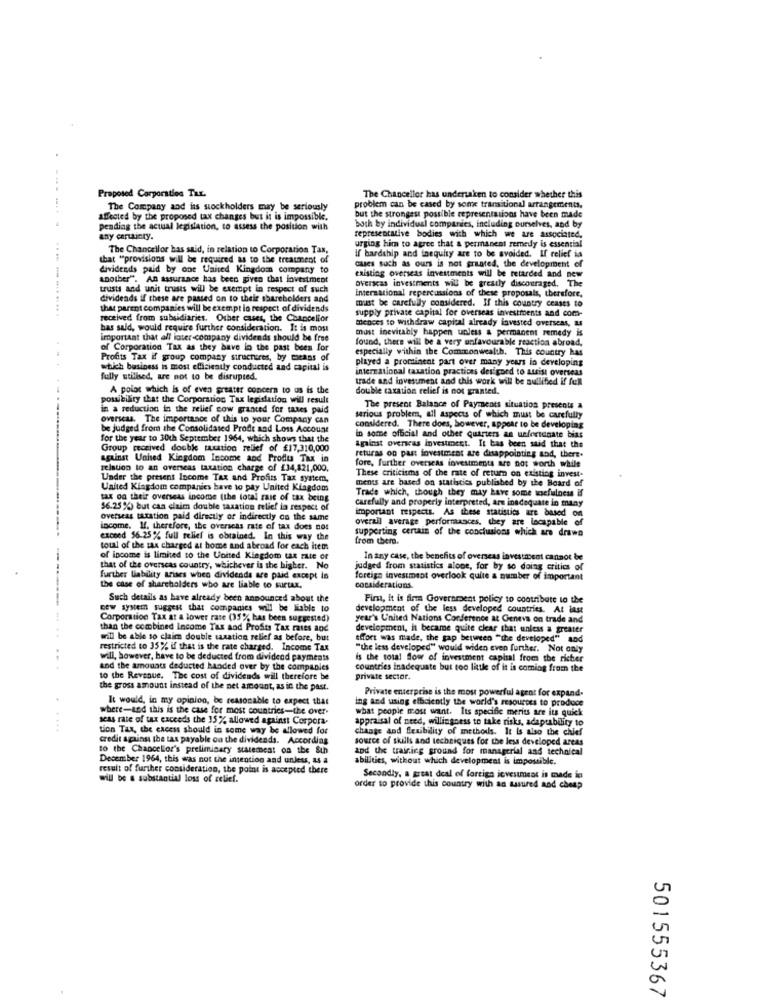
Proposed Corporation Tax.
The Chancellor has undertaken to consider whether this
The Company and ins stockholders may be seriously
problem can be cased by some transitional arrangements,
affected by the proposed tax changes but it is impossible.
but the strongest possible representations have been made
pending the actual legislation, to assess the position with
both by individual companies, including ourselves, and by
any certainty.
representative bodies with which we are associated.
The Chancellor has said, in relation to Corporation Tax,
urging him to agree that a permanent remedy is essential
if hardship and inequity are to be avoided. If relief in
that "provisions will be required as to the treatment of
dues such as ours is not granted, the development of
dividends paid by one United Kingdom company to
another". An assurance has been given that investment
existing overseas investments will be retarded and new
Overseas investments will be greatly discouraged. The
trusts and unit trusts will be exempt in respect of such
international repercussions of these proposals, therefore,
dividends if these are passed on to their shareholders and
must be carefully considered. If this country ceases to
that parent companies will be exempt in respect of dividends
supply private capital for overseas investments and com-
received from subsidiaries. Other cases, the Chancellor
mences to withdraw capital already invested overseas, as
bas sald, would require further consideration. It is most
must inevitably happen unless & permanent remedy is
important that all inter-company dividends should be free
found, there will be a very unfavourable reaction abroad,
of Corporation Tax as they have in the past been for
especially within the Commonwealth. This country has
Profits Tax if group company structures, by means of
played a prominent part over many years in developing
which business is most efficiently conducted and capital is
international taxation practices designed to assist overseas
fully utilised, are not to be disrupted.
trade and investment and this work will be nullified if fell
A polot which is of even greater concern to us is the
double taxation relief is not granted.
possibility that the Corporation Tax legislation will result
in a reduction in the relief cow granted for wes paid
The present Balance of Payments situation presents a
overseas. The importance of this to your Company can
serious problem, all aspects of which must be carefully
be judged from the Consolidated Profit and Loss Account
considered. There does, however, appear to be developing
for the year to 30th September 1964, which shows that the
in some official and other quarters an ueforios
Against overseas investment. It has been said that the
Group received double taxation relief of £17,310,000
against United Kingdom Income and Profita Tax in
returas on past investment are disappointing and, there.
fore, further overseas investments are not worth while
relation to an overseas taxation charge of £34,821,000.
Under the present Income Tax and Profits Tax system,
These criticisms of the rate of return on existing invest-
ments are based on statistics published by the Board of
United Kingdom companies have to pay United Kingdom
Trade which, though they may have some usefulness if
tax on their overseas income (the total zase of tax being
carefully and properly interpreted, are inadequate in many
56.25 %) but can claim double taxation relief in respect of
important respects. As these statistics are based on
overseas tittation paid directly or indirectly on the same
overall average performances, they are locapable of
income. If. therefore, the overseas rate of tax does nos
supporting certain of the conclusions which are drawn
exceed 56.25% full relief is obtained. In this way the
from there.
total of the sax charged at home and abroad for each item
of income is limited to the United Kingdom tat rate of
In any case, the benefits of overseas investment cannot be
that of the overseas country, whichever is the higher. No
judged from statistics alone, for by so doing critics of
further liability arises when dividends are paid except in
foreign investment overlook quite a number of important
the case of shareholders who are liable to surtax.
considerations.
Such details as have already been announced about the
First, it is firm Government policy to contribute to the
new system suggest that companies will be liable to
development of the less developed countries, At last
Corporation Tax at a lower rate (35% has been suggested)
year's United Nations Corderonos at Geneva on trade and
than the combined Income Tax and Profits Tax rates and
development, it became quite clear that unless a greater
wil be able to claim double taxation relief as before, but
effort was made, the gap between "the developed" and
restricted to 35% if that is the rate charged. Income Tax
"use less developed" would widen even further. Not only
will, however, have to be deducted from dividend payments
is the total flow of investment caphal from the richer
and the amounts deducted handed over by the companies
countries inadequate but too little of it is coming from the
to the Revenue, The cost of dividends will therefore be
private sector.
the gross amount instead of the net amount, as in the past.
Private enterprise is the most powerful agent for expand-
It would, in my opinion, be reasonable to expect that
ing and using efficiently the world's resources to produce
where-and this is the case for most countries-the over-
what people most want. Its specific merits are its quick
seas rate of tax exceeds the 15% allowed against Corpora.
appraisal of need, willingness to take risks, adaptability to
....
tion Tax, the cacess should in some way be allowed for
change And Seuibility of methods. It is also the chief
credit against the tas payable on the dividends. According
source of skills and techniques for the less developed areas
to the Chancellor's preliminary statement on the Sth
and the training ground for managerial and technical
December 1964, this was not the intention and unless, as a
abilities, without which development is impossible.
result of further consideration, the point is accepted there
will be a substantial loss of relief.
Secondly, a great deal of foreign investment is made in
order to provide this country with an assured and cheap
501555367